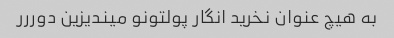
به هیچ عنوان نخرید انگار پولتونو میندیزین دوررر